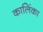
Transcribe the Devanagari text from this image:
कालिंका